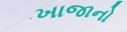
ખાજાનો